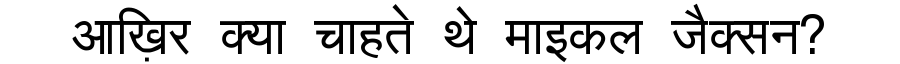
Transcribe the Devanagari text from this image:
आख़िर क्या चाहते थे माइकल जैक्सन?